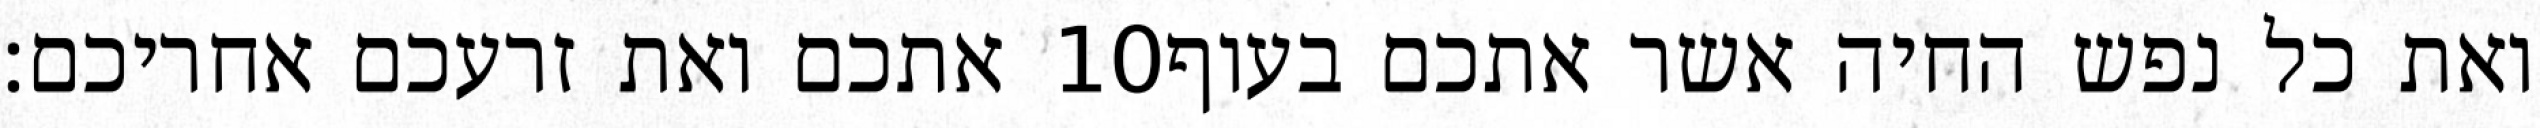
אתכם ואת זרעכם אחריכם׃ ‎10‏ ואת כל נפש החיה אשר אתכם בעוף